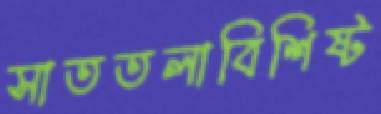
সাততলাবিশিষ্ট